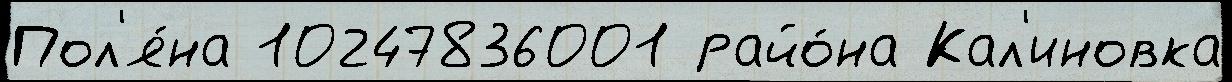
Пол'я́на 10247836001 райо́на Кал'иновка